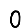
Digit: 0